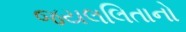
જયલલિતાનો